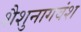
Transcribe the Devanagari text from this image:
शैशुनागवंश